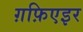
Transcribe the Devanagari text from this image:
ग़फ़िएइर